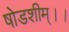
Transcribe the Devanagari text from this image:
षोडशीम्।।